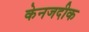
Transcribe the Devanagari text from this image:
केनजदीक